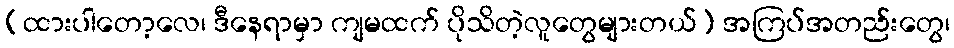
(ထားပါတော့လေ၊ ဒီနေရာမှာ ကျမထက် ပိုသိတဲ့လူတွေများတယ်) အကြပ်အတည်းတွေ၊